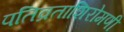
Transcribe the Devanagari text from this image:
पतिव्रताशिरोमणी